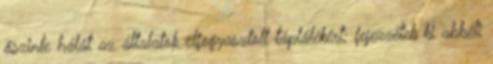
őszinte hálát az általatok elfogyasztott táplálékért; fejezzétek ki abbéli